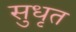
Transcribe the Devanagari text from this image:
सुधृत